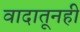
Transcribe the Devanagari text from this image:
वादातूनही